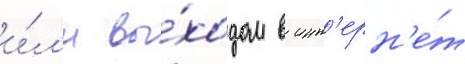
и́л'и вы́ходом в инт'ерн'е́т